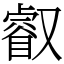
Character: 叡